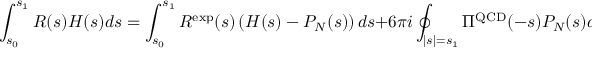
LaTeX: \int _ { s _ { 0 } } ^ { s _ { 1 } } R ( s ) H ( s ) d s = \int _ { s _ { 0 } } ^ { s _ { 1 } } R ^ { \mathrm { e x p } } ( s ) \left( H ( s ) - P _ { N } ( s ) \right) d s + 6 \pi i \oint _ { | s | = s _ { 1 } } \Pi ^ { \mathrm { Q C D } } ( - s ) P _ { N } ( s ) d s .